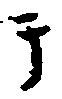
テ